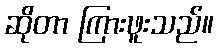
ဆိုတာ ကြားဖူးသည်။